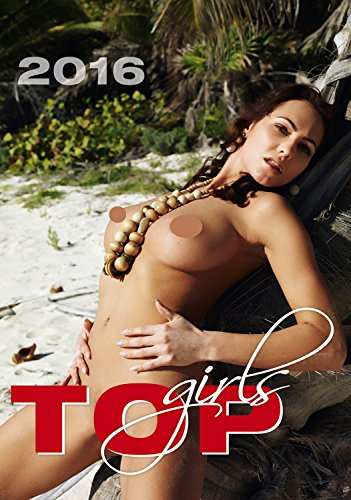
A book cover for Top Girls Wall Calendar 2016 - Nude Calendar - Erotic Calendars - Poster Calendar - Adult Calendar By Helma; MegaCalendars; Calendars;